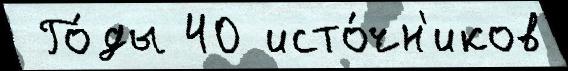
 Го́ды 40 исто́чн'иков